Lunatic asylums in Bengal annual reports 1888-1898 - 1888-1898
Year: 1888
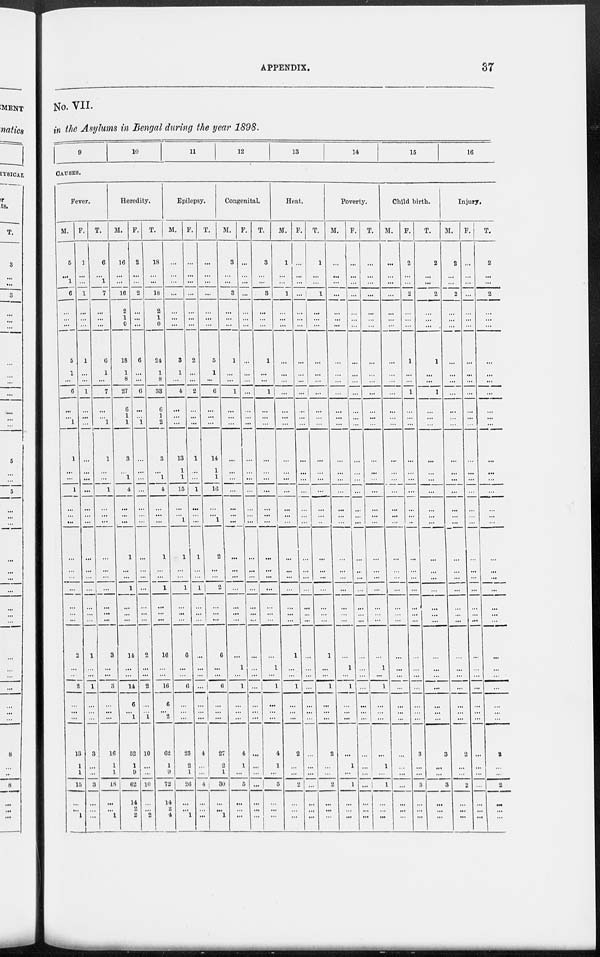
APPENDIX.
37
No. VII.
in the Asylums in Bengal during the year 1898.
9
10
11
12
13
14
15
16
CAUSES.
Fever.
M.
5
...
1
6
...
...
...
5
1
...
6
...
...
1
1
...
...
1
...
...
...
...
...
...
...
...
...
...
2
...
...
2
...
...
...
13
1
1
15
...
...
1
F.
1
...
...
1
...
...
...
1
...
...
1
...
...
...
...
...
...
...
...
...
...
...
...
...
...
...
...
...
1
...
...
1
...
...
...
3
...
...
3
...
...
...
T.
6
...
1
7
...
...
...
6
1
...
7
...
...
1
1
...
...
1
...
...
...
...
...
...
...
...
...
...
3
...
...
3
...
...
...
16
1
1
18
...
...
1
Heredity.
M.
16
...
...
16
2
1
0
18
1
8
27
6
1
1
3
...
1
4
...
...
...
1
...
...
1
...
...
...
14
...
...
14
6
...
1
52
1
9
62
14
2
2
F.
2
...
...
2
...
...
...
6
...
...
6
...
...
1
...
...
...
...
...
...
...
...
...
...
...
...
...
...
2
...
...
2
...
...
1
10
...
...
10
...
...
2
T.
18
...
...
18
2
1
0
24
1
8
33
6
1
2
3
...
1
4
...
...
...
1
...
...
1
...
... ...
16
...
...
16
6
...
2
62
1
9
72
14
2
4
Epilepsy.
M.
...
...
...
...
...
...
...
3
1
...
4
...
...
...
13
1
1
15
...
...
1
1
...
...
1
...
...
...
6
...
...
6
...
...
...
23
2
1
26
...
...
1
F.
...
...
...
...
...
...
...
2
...
...
2
...
...
...
1
...
...
1
...
...
...
1
...
...
1
...
...
...
...
...
...
...
...
...
...
4
...
...
4
...
...
...
T.
...
...
...
...
...
...
...
5
1
...
6
...
...
...
14
1
1
16
...
...
1
2
...
...
2
...
... ...
6
...
...
6
...
...
...
27
2
1
30
...
...
1
Congenital.
M.
3
...
...
3
...
...
...
1
...
...
1
...
...
...
...
...
...
...
...
...
...
...
...
...
...
...
...
...
...
1
...
1
...
...
...
4
1
...
5
...
...
...
F.
...
...
...
...
...
...
...
...
...
...
...
...
...
...
...
...
...
...
...
...
...
...
...
...
...
...
...
...
...
...
...
...
...
...
...
...
...
...
...
...
...
...
T.
3
...
...
3
...
...
...
1
...
...
1
...
...
...
...
...
...
...
...
...
...
...
...
...
...
...
...
...
...
1
...
1
...
...
...
4
1
...
5
...
...
...
Heat.
M.
1
...
...
1
...
...
...
...
...
...
...
...
...
...
...
...
...
...
...
...
...
...
...
...
...
...
...
...
1
...
...
1
...
...
...
2
...
...
2
...
...
...
F.
...
...
...
...
...
...
...
...
...
...
...
...
...
...
...
...
...
...
...
...
...
...
...
...
...
...
...
...
...
...
...
...
...
...
...
...
...
...
...
...
...
...
T.
1
...
...
1
...
...
...
...
...
...
...
...
...
...
...
...
...
...
...
...
...
...
...
...
...
...
...
...
1
...
...
1
...
...
...
2
...
...
2
...
...
...
Poverty.
M.
...
...
...
...
...
...
...
...
...
...
...
...
...
...
...
...
...
...
...
...
...
...
...
...
...
...
...
...
...
1
...
1
...
...
...
...
1
...
1
...
...
...
F.
...
...
...
...
...
...
...
...
...
...
...
...
...
...
...
...
...
...
...
...
...
...
...
...
...
...
...
...
...
...
...
...
...
...
...
...
...
...
...
...
...
...
T.
...
...
...
...
...
...
...
...
...
...
...
...
...
...
...
...
...
...
...
...
...
...
...
...
...
...
...
...
...
1
...
1
...
...
...
...
1
...
1
...
...
...
Child birth.
M.
...
...
...
...
...
...
...
...
...
...
...
...
...
...
...
...
...
...
...
...
...
...
...
...
...
...
...
...
...
...
...
...
...
...
...
...
...
...
...
...
...
...
F.
2
...
...
2
...
...
...
1
...
...
1
...
...
...
...
...
...
...
...
...
...
...
...
...
...
...
...
...
...
...
...
...
...
...
...
3
...
...
3
...
...
...
T.
2
...
...
2
...
...
...
1
...
...
1
...
...
...
...
...
...
...
...
...
...
...
...
...
...
...
...
...
...
...
...
...
...
...
...
3
...
...
3
...
...
...
Injury.
M.
2
...
...
2
...
...
...
...
...
...
...
...
...
...
...
...
...
...
...
...
...
...
...
...
...
...
...
...
...
...
...
...
...
...
...
2
...
...
2
...
...
...
F.
...
...
...
...
...
...
...
...
...
...
...
...
...
...
...
...
...
...
...
...
...
...
...
...
...
...
...
...
...
...
...
...
...
...
...
...
...
...
...
...
...
...
T.
2
...
...
2
...
...
...
...
...
...
...
...
...
...
...
...
...
...
...
...
...
. . .
...
...
...
...
...
...
...
...
...
...
...
...
...
2
...
...
2
...
...
...